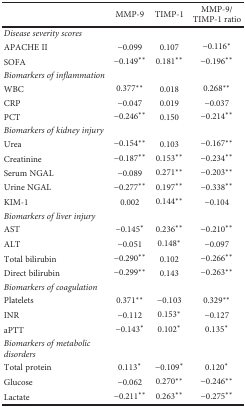
<table><thead><tr><td></td><td><b>MMP-9</b></td><td><b>TIMP-1</b></td><td><b>MMP-9/TIMP-1 ratio</b></td></tr></thead><tbody><tr><td><i>Disease severity scores</i></td><td></td><td></td><td></td></tr><tr><td>APACHE II</td><td>−0.099</td><td>0.107</td><td>−0.116<sup>∗</sup></td></tr><tr><td>SOFA</td><td>−0.149<sup>∗∗</sup></td><td>0.181<sup>∗∗</sup></td><td>−0.196<sup>∗∗</sup></td></tr><tr><td><i>Biomarkers of inflammation</i></td><td></td><td></td><td></td></tr><tr><td>WBC</td><td>0.377<sup>∗∗</sup></td><td>0.018</td><td>0.268<sup>∗∗</sup></td></tr><tr><td>CRP</td><td>−0.047</td><td>0.019</td><td>−0.037</td></tr><tr><td>PCT</td><td>−0.246<sup>∗∗</sup></td><td>0.150</td><td>−0.214<sup>∗∗</sup></td></tr><tr><td><i>Biomarkers of kidney injury</i></td><td></td><td></td><td></td></tr><tr><td>Urea</td><td>−0.154<sup>∗∗</sup></td><td>0.103</td><td>−0.167<sup>∗∗</sup></td></tr><tr><td>Creatinine</td><td>−0.187<sup>∗∗</sup></td><td>0.153<sup>∗∗</sup></td><td>−0.234<sup>∗∗</sup></td></tr><tr><td>Serum NGAL</td><td>−0.089</td><td>0.271<sup>∗∗</sup></td><td>−0.203<sup>∗∗</sup></td></tr><tr><td>Urine NGAL</td><td>−0.277<sup>∗∗</sup></td><td>0.197<sup>∗∗</sup></td><td>−0.338<sup>∗∗</sup></td></tr><tr><td>KIM-1</td><td>0.002</td><td>0.144<sup>∗∗</sup></td><td>−0.104</td></tr><tr><td><i>Biomarkers of liver injury</i></td><td></td><td></td><td></td></tr><tr><td>AST</td><td>−0.145<sup>∗</sup></td><td>0.236<sup>∗∗</sup></td><td>−0.210<sup>∗∗</sup></td></tr><tr><td>ALT</td><td>−0.051</td><td>0.148<sup>∗</sup></td><td>−0.097</td></tr><tr><td>Total bilirubin</td><td>−0.290<sup>∗∗</sup></td><td>0.102</td><td>−0.266<sup>∗∗</sup></td></tr><tr><td>Direct bilirubin</td><td>−0.299<sup>∗∗</sup></td><td>0.143</td><td>−0.263<sup>∗∗</sup></td></tr><tr><td><i>Biomarkers of coagulation</i></td><td></td><td></td><td></td></tr><tr><td>Platelets</td><td>0.371<sup>∗∗</sup></td><td>−0.103</td><td>0.329<sup>∗∗</sup></td></tr><tr><td>INR</td><td>−0.112</td><td>0.153<sup>∗</sup></td><td>−0.127</td></tr><tr><td>aPTT</td><td>−0.143<sup>∗</sup></td><td>0.102<sup>∗</sup></td><td>0.135<sup>∗</sup></td></tr><tr><td><i>Biomarkers of metabolic disorders</i></td><td></td><td></td><td></td></tr><tr><td>Total protein</td><td>0.113<sup>∗</sup></td><td>−0.109<sup>∗</sup></td><td>0.120<sup>∗</sup></td></tr><tr><td>Glucose</td><td>−0.062</td><td>0.270<sup>∗∗</sup></td><td>−0.246<sup>∗∗</sup></td></tr><tr><td>Lactate</td><td>−0.211<sup>∗∗</sup></td><td>0.263<sup>∗∗</sup></td><td>−0.275<sup>∗∗</sup></td></tr></tbody></table>